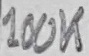
Text: 100K